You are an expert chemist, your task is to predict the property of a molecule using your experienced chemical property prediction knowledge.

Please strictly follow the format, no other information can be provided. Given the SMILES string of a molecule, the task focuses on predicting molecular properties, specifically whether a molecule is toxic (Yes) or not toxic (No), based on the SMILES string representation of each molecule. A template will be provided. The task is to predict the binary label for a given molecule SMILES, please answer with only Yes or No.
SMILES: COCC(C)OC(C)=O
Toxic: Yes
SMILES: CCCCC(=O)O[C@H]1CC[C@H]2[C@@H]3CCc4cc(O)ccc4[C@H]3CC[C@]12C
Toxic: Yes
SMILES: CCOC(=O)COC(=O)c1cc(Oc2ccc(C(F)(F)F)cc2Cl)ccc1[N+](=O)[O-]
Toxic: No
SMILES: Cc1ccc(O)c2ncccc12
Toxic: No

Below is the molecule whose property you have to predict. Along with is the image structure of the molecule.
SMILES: CCCCCCCC[N+](C)(C)CCCCCCCC
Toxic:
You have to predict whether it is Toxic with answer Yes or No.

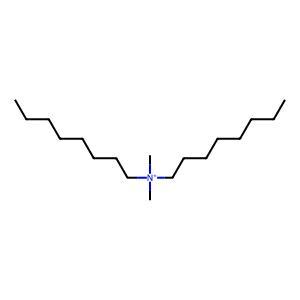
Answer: No